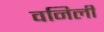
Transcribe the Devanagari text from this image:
वनिली